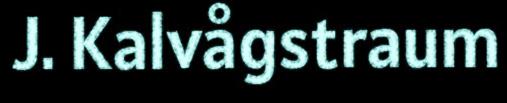
J. Kalvågstraum